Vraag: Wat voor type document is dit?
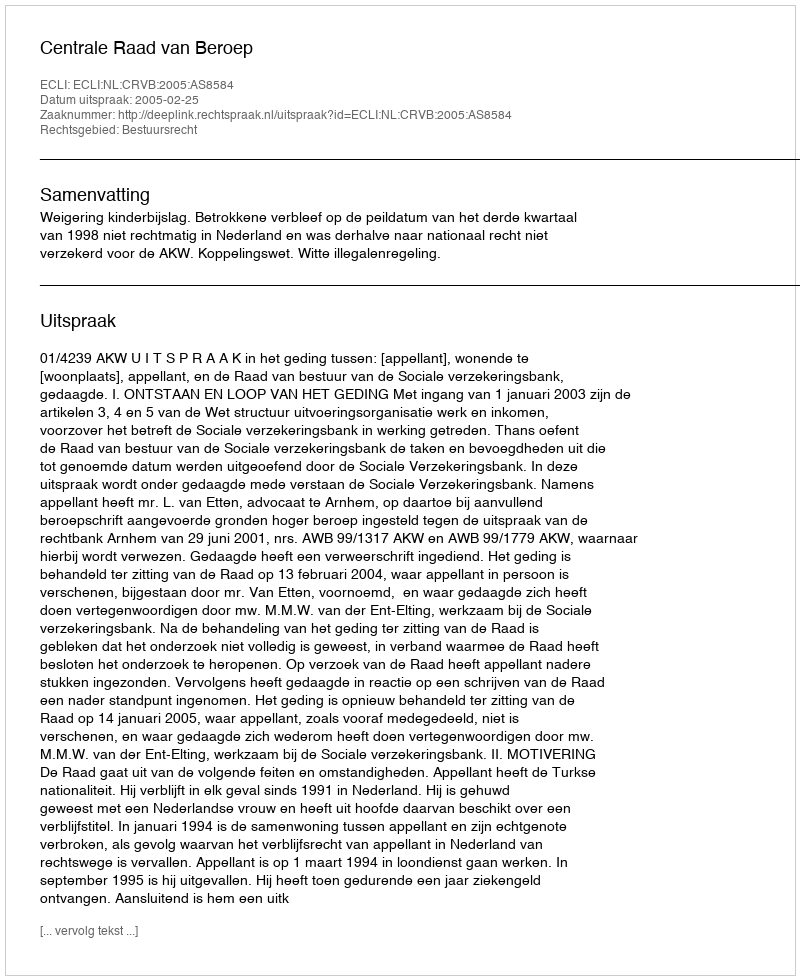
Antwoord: Uitspraak